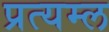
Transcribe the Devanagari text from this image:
प्रत्यम्ल